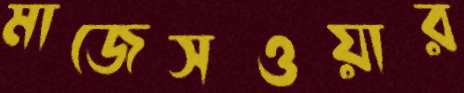
মাজেসওয়ার